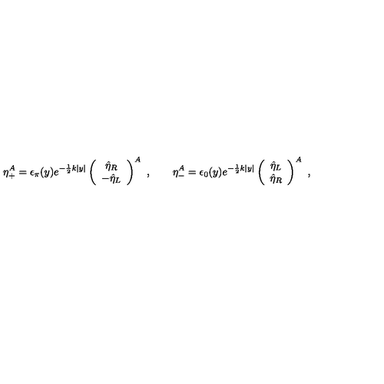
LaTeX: \eta _ { + } ^ { A } = \epsilon _ { \pi } ( y ) e ^ { - \frac { 1 } { 2 } k | y | } \left( \begin{array} { c } { \hat { \eta } _ { R } } \\ { - \hat { \eta } _ { L } } \\ \end{array} \right) ^ { A } \ , \qquad \eta _ { - } ^ { A } = \epsilon _ { 0 } ( y ) e ^ { - \frac { 1 } { 2 } k | y | } \left( \begin{array} { c } { \hat { \eta } _ { L } } \\ { \hat { \eta } _ { R } } \\ \end{array} \right) ^ { A } \ ,